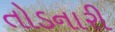
તોડનારી